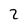
Character: 2